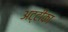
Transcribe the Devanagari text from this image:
अट्टीका